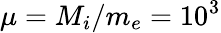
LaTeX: \mu=M_{i}/m_{e}=10^{3}